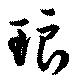
琅